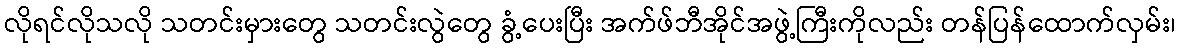
လိုရင်လိုသလို သတင်းမှားတွေ သတင်းလွဲတွေ ခွံ့ပေးပြီး အက်ဖ်ဘီအိုင်အဖွဲ့ကြီးကိုလည်း တန်ပြန်ထောက်လှမ်း၊